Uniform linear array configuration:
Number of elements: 24
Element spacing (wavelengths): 0.25
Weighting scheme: hann
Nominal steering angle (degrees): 0
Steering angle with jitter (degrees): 1.596
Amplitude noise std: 0.05
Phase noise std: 0.05

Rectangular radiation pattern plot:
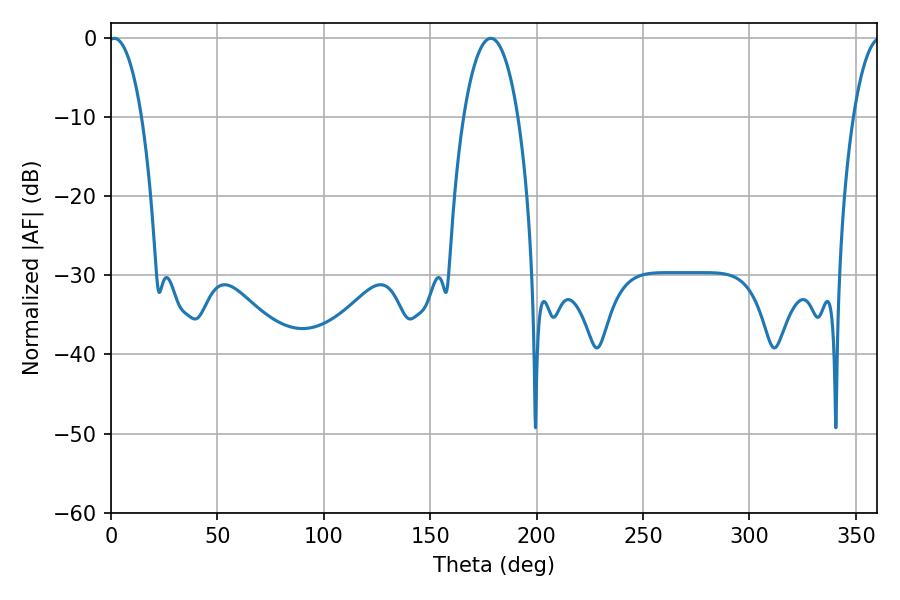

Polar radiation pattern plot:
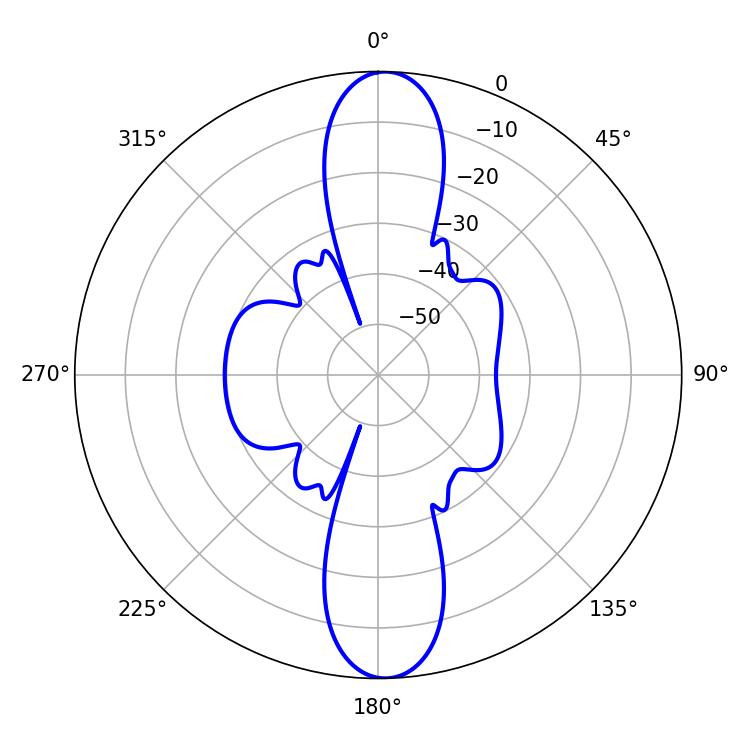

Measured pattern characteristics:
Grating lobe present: FALSE
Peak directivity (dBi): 21.585
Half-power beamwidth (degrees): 8.64
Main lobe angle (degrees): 1.62